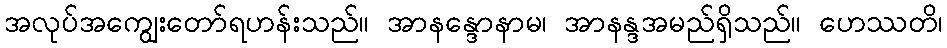
အလုပ်အကျွေးတော်ရဟန်းသည်။ အာနန္ဒောနာမ၊ အာနန္ဒအမည်ရှိသည်။ ဟေဿတိ၊